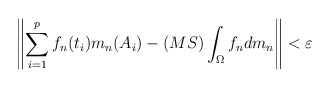
\begin{align*}\left\| \sum_{i=1}^pf_n(t_i) m_n(A_i) - (MS)\int_{\Omega}f_n dm_n \right\|<\varepsilon\,\end{align*}